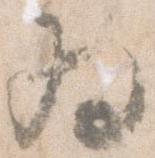
為